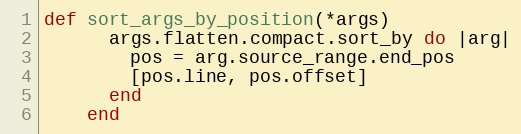
Language: Ruby
def sort_args_by_position(*args)
      args.flatten.compact.sort_by do |arg|
        pos = arg.source_range.end_pos
        [pos.line, pos.offset]
      end
    end